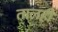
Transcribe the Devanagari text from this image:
तालही